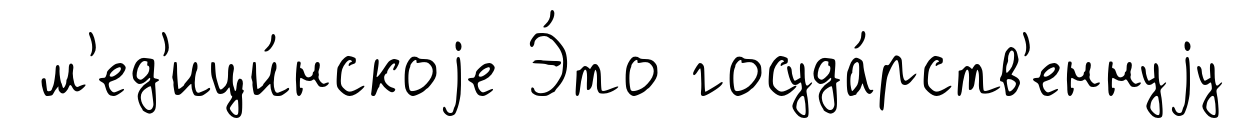
м'ед'ици́нскоjе Э́то госуда́рств'еннуjу